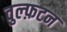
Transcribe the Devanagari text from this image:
वुल्फ़टन